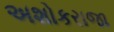
અશોકરાજા